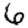
Digit: 6